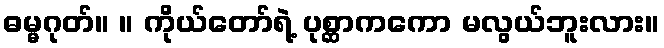
ဓမ္မဂုတ်။ ။ ကိုယ်တော်ရဲ့ ပုစ္ဆာကကော မလွယ်ဘူးလား။